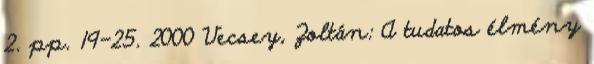
2. pp. 19-25. 2000 Vecsey, Zoltán: A tudatos élmény